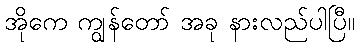
အိုကေ ကျွန်တော် အခု နားလည်ပါပြီ။